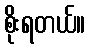
စိုးရတယ်။